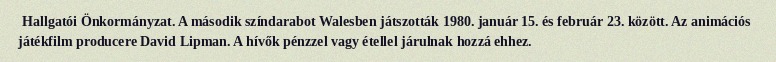
Hallgatói Önkormányzat. A második színdarabot Walesben játszották 1980. január 15. és február 23. között. Az animációs játékfilm producere David Lipman. A hívők pénzzel vagy étellel járulnak hozzá ehhez.